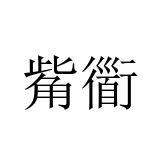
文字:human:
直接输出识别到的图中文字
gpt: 觜衟